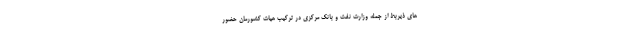
های ذیربط از جمله وزارت نفت و بانک مرکزی در ترکیب هیات کشورمان حضور